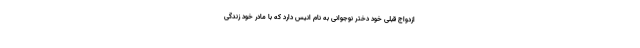
ازدواج قبلی خود دختر نوجوانی به نام انیس دارد که با مادر خود زندگی